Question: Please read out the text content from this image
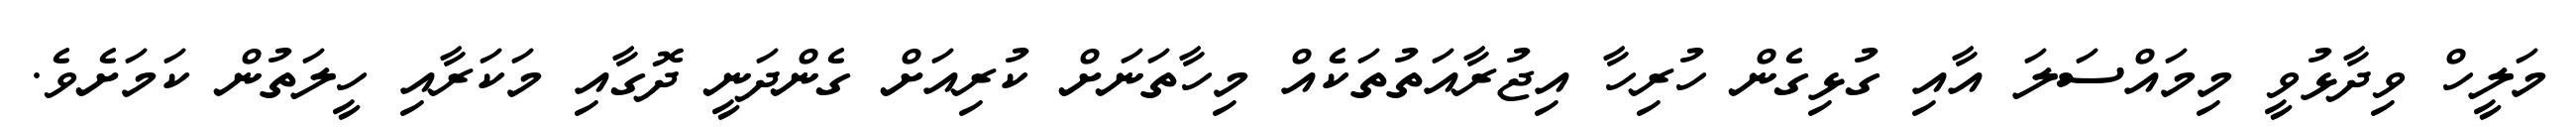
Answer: މަލީހް ވިދާޅުވީ މިމައްސަލަ އާއި ގުޅިގެން ހުރިހާ އިޖުރާއަތުތަކެއް މިހާތަނަށް ކުރިއަށް ގެންދަނީ ދޮގާއި މަކަރާއި ހީލަތުން ކަމަށެވެ.